system: You are a helpful assistant.
user:
Analyze the provided spectrum to determine if it is a **White Dwarf (WD)**.

A White Dwarf spectrum is defined by its **extreme purity** (due to gravitational settling) and/or **extreme pressure broadening** (due to high surface gravity). You must check for one of the following mutually exclusive signatures:

- **Key Visual Indicators (Check for ONE of these types):**

    - **1. DA-Type Signature (Most Common):**
        - **(Primary Feature):** Extreme pressure broadening (Stark broadening) of the **Hydrogen (H) Balmer lines**.
        - **(Key Lines):** $H\beta$ (approx. $4861$ Å) and $H\gamma$ (approx. $4340$ Å). $H\alpha$ (approx. $6563$ Å) will also be present if the wavelength range covers it.
        - **(Line Profile):** This is the **defining feature**. The lines are **NOT** sharp. They appear as massive, **extremely broad and deep "troughs" or "dips"** in the spectrum, often hundreds of Ångströms wide. The continuum will appear to "scoop" down at these wavelengths.
        - **(Distinction):** Normal A-type or B-type stars have *narrow* and *sharp* Hydrogen lines. A DA White Dwarf's lines are unmistakably "smeared" or "blurry" from pressure.

    - **2. DB-Type Signature:**
        - **(Primary Feature):** Broad absorption lines from **Neutral Helium (He I)**. The spectrum must lack any visible Hydrogen lines.
        - **(Key Lines):** Look for broad absorption near $4471$ Å, $4921$ Å, and $5876$ Å.
        - **(Line Profile):** These lines are also significantly pressure-broadened, appearing much wider than they would in a normal B-type main-sequence star.

    - **3. DC-Type Signature:**
        - **(Primary Feature):** A **featureless continuous spectrum**.
        - **(Line Profile):** The spectrum is a smooth curve with **no significant absorption or emission lines**.
        - **(Key Confirmation):** The continuum is almost always **blue or white**, indicating a hot object. This signature implies the atmosphere is so pure (or so cool) that no spectral lines are visible in the optical range. Its WD identity is confirmed by its extremely low intrinsic brightness (high absolute magnitude).

    - **4. DZ-Type Signature (Metal-Polluted):**
        - **(Primary Feature):** **Isolated, narrow metal absorption lines** on an otherwise featureless (DC-like) continuum.
        - **(Key Lines):** The **Calcium (Ca II) H & K doublet** (approx. **$3934$ Å** and **$3968$ Å**) is the most common and defining feature.
        - **(Line Profile):** These lines are "out of place." They are *not* part of a "forest" of thousands of lines. This signature is evidence of recent *accretion* (pollution) from rocky debris.
        - **(Distinction):** Normal G/K/M stars have a *dense forest* of thousands of metal lines. A DZ has a *clean* continuum with *only a few* strong metal lines.

    - **5. DQ-Type Signature (Carbon-Polluted):**
        - **(Primary Feature):** Absorption bands from **Carbon (C₂ "Swan Bands" or atomic C I)**.
        - **(Key Lines - C₂):** Look for bandheads with a "saw-tooth" shape near $5635$ Å, **$5165$ Å** (strongest), and $4737$ Å.
        - **(Key Confirmation):** The underlying **continuum must be blue or white** (hot).
        - **(Distinction):** This is the critical difference from a **Carbon Star**, which has the *exact same* C₂ bands but on an extremely **red, cool** continuum.

- **(Overall Spectrum):**
    - The continuum (overall shape) is typically **blue-sloping** (brighter in the blue than the red), as most white dwarfs are very hot.
    - The spectrum will look "pure" or "simple," dominated by only *one* of the five signatures listed above.

Think first, call **spectral_visualization_tool** if needed to examine features in detail, then provide your final answer. Your response must adhere to the following strict rules:
1.  **Overall Structure:** Your response must follow the format `<think>...</think> <tool_call>...</tool_call> (if a tool is used) <answer>...</answer>`.
2.  **Tool Usage Constraint:** You may only make **one** tool call per turn.
3.  **Final Answer Format:** In the `<answer>` tag, your conclusion must be inside a `\boxed{}` command (e.g., `\boxed{YES}` or `\boxed{NO}`), followed by your justification.

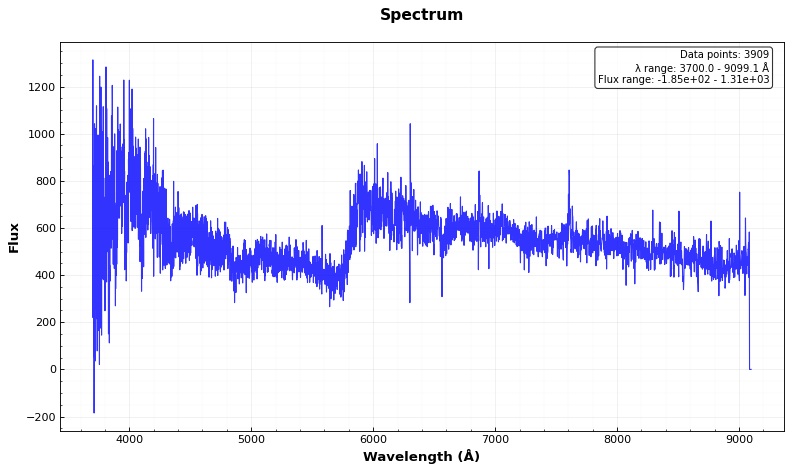
Answer: NO